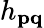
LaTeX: h_{\mathbf{pq}}